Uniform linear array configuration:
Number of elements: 12
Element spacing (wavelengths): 0.25
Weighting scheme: hann
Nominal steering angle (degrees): -15
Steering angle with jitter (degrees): -16.681
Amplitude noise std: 0.05
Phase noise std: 0.05

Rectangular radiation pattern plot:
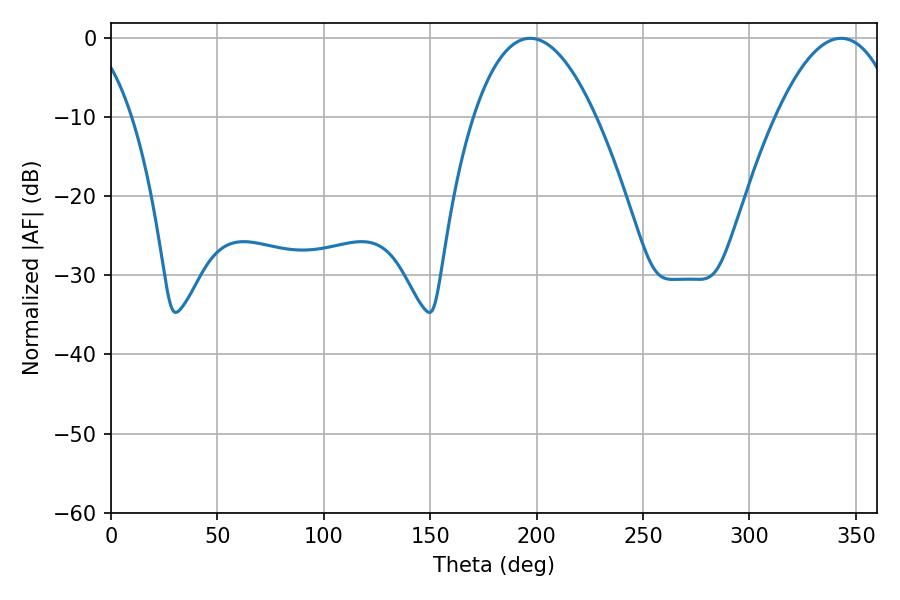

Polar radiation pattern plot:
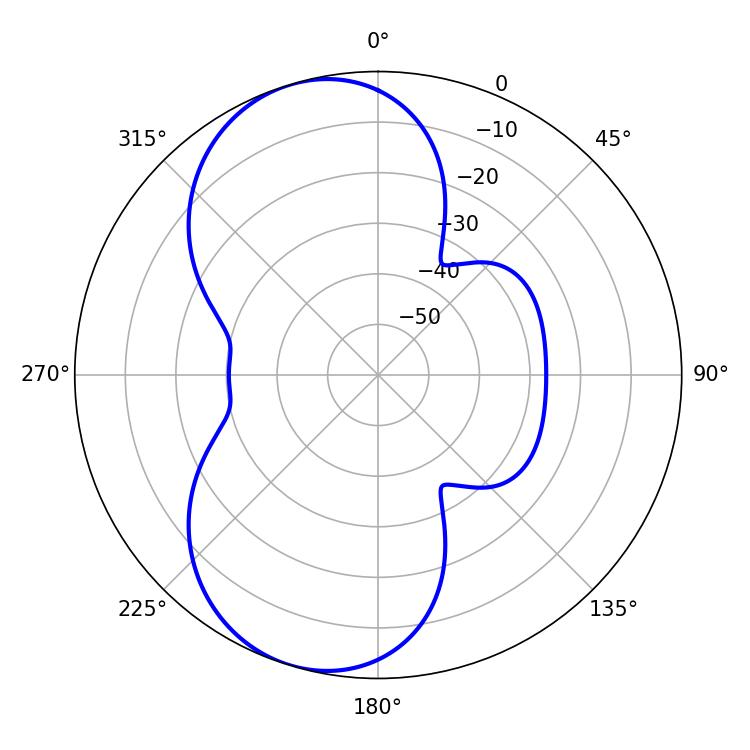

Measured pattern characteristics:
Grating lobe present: FALSE
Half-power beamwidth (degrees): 31.68
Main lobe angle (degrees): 196.92